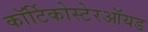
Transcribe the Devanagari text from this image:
कॉर्टिकोस्टेरऑयड